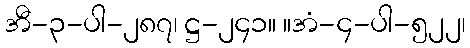
အီ-၃-ပါ-၂၈၇၊ ဋ္ဌ-၂၄၁။ ။အံ-၄-ပါ-၅၂၂၊